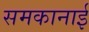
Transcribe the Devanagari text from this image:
समकानाई